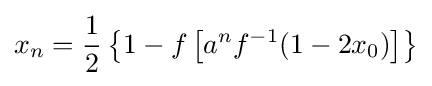
{\displaystyle x_{n}={\frac {1}{2}}\left\{1-f\left[a^{n}f^{-1}(1-2x_{0})\right]\right\}}